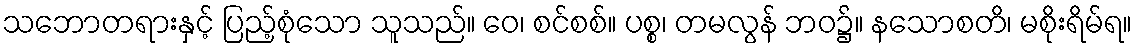
သဘောတရားနှင့် ပြည့်စုံသော သူသည်။ ဝေ၊ စင်စစ်။ ပစ္စ၊ တမလွန် ဘဝ၌။ နသောစတိ၊ မစိုးရိမ်ရ။